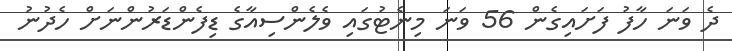
ދެ ވަނަ ހާފު ފަށައިގެން 56 ވަނަ މިނެޓުގައި ވެލެންސިއާގެ ޑިފެންޑަރުންނަށް ހެދުނު